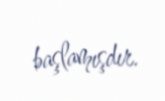
başlamışdır.